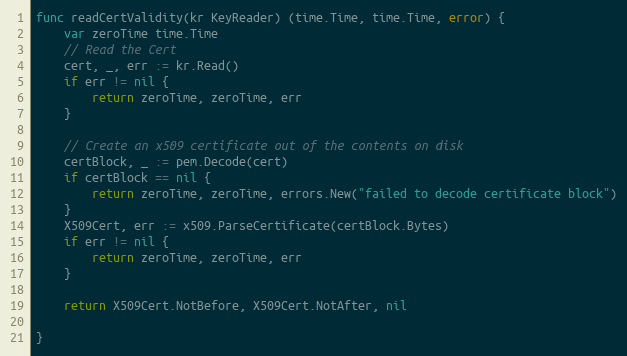
Language: Go
func readCertValidity(kr KeyReader) (time.Time, time.Time, error) {
	var zeroTime time.Time
	// Read the Cert
	cert, _, err := kr.Read()
	if err != nil {
		return zeroTime, zeroTime, err
	}

	// Create an x509 certificate out of the contents on disk
	certBlock, _ := pem.Decode(cert)
	if certBlock == nil {
		return zeroTime, zeroTime, errors.New("failed to decode certificate block")
	}
	X509Cert, err := x509.ParseCertificate(certBlock.Bytes)
	if err != nil {
		return zeroTime, zeroTime, err
	}

	return X509Cert.NotBefore, X509Cert.NotAfter, nil

}